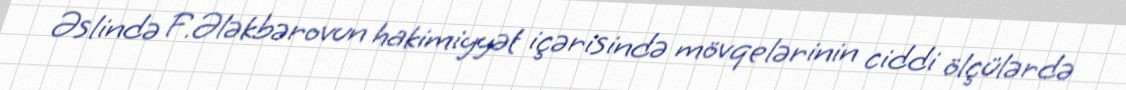
Əslində F.Ələkbərovun hakimiyyət içərisində mövqelərinin ciddi ölçülərdə